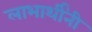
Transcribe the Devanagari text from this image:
लाभार्थींनी